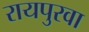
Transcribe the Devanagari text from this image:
रायपुरवा